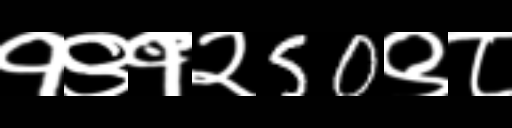
Text: १९१२50९८